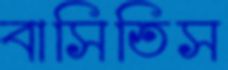
বাসিতিস